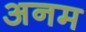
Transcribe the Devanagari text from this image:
अनम